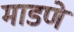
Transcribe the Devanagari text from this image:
माडणे